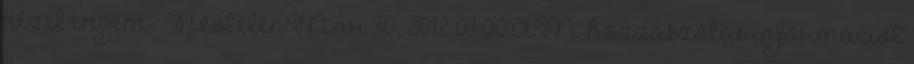
nézel engem? NévtelenMar 30, 2012 03:00 AM hozzászólás információt